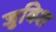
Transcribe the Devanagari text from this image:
जुविश